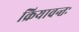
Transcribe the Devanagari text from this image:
क्रियावन्तः